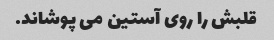
قلبش را روی آستین می پوشاند.